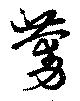
蔓